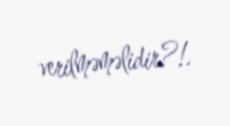
verilməməlidir?!.